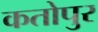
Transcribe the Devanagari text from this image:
कतोपुर